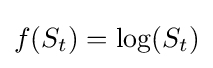
f(S_{t})=\log(S_{t})